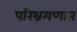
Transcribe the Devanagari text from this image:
परिभ्रमणात